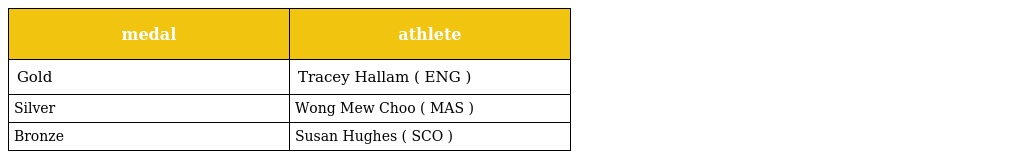
| medal | athlete |
 | --- | --- |
 | Gold | Tracey Hallam ( ENG ) |
 | Silver | Wong Mew Choo ( MAS ) |
 | Bronze | Susan Hughes ( SCO ) |